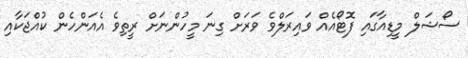
ސޯޝަލް މީޑިއާގައި ފޮޓޯއެއް ވައިރަލްވެ ވަރަށް ގިނަ މީހުންނަށް ރީތިވެ އެއަންހެން ކުއްޖަކާއި